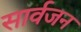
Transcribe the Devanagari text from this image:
सार्वजन